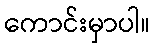
ကောင်းမှာပါ။